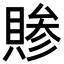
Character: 𬥞